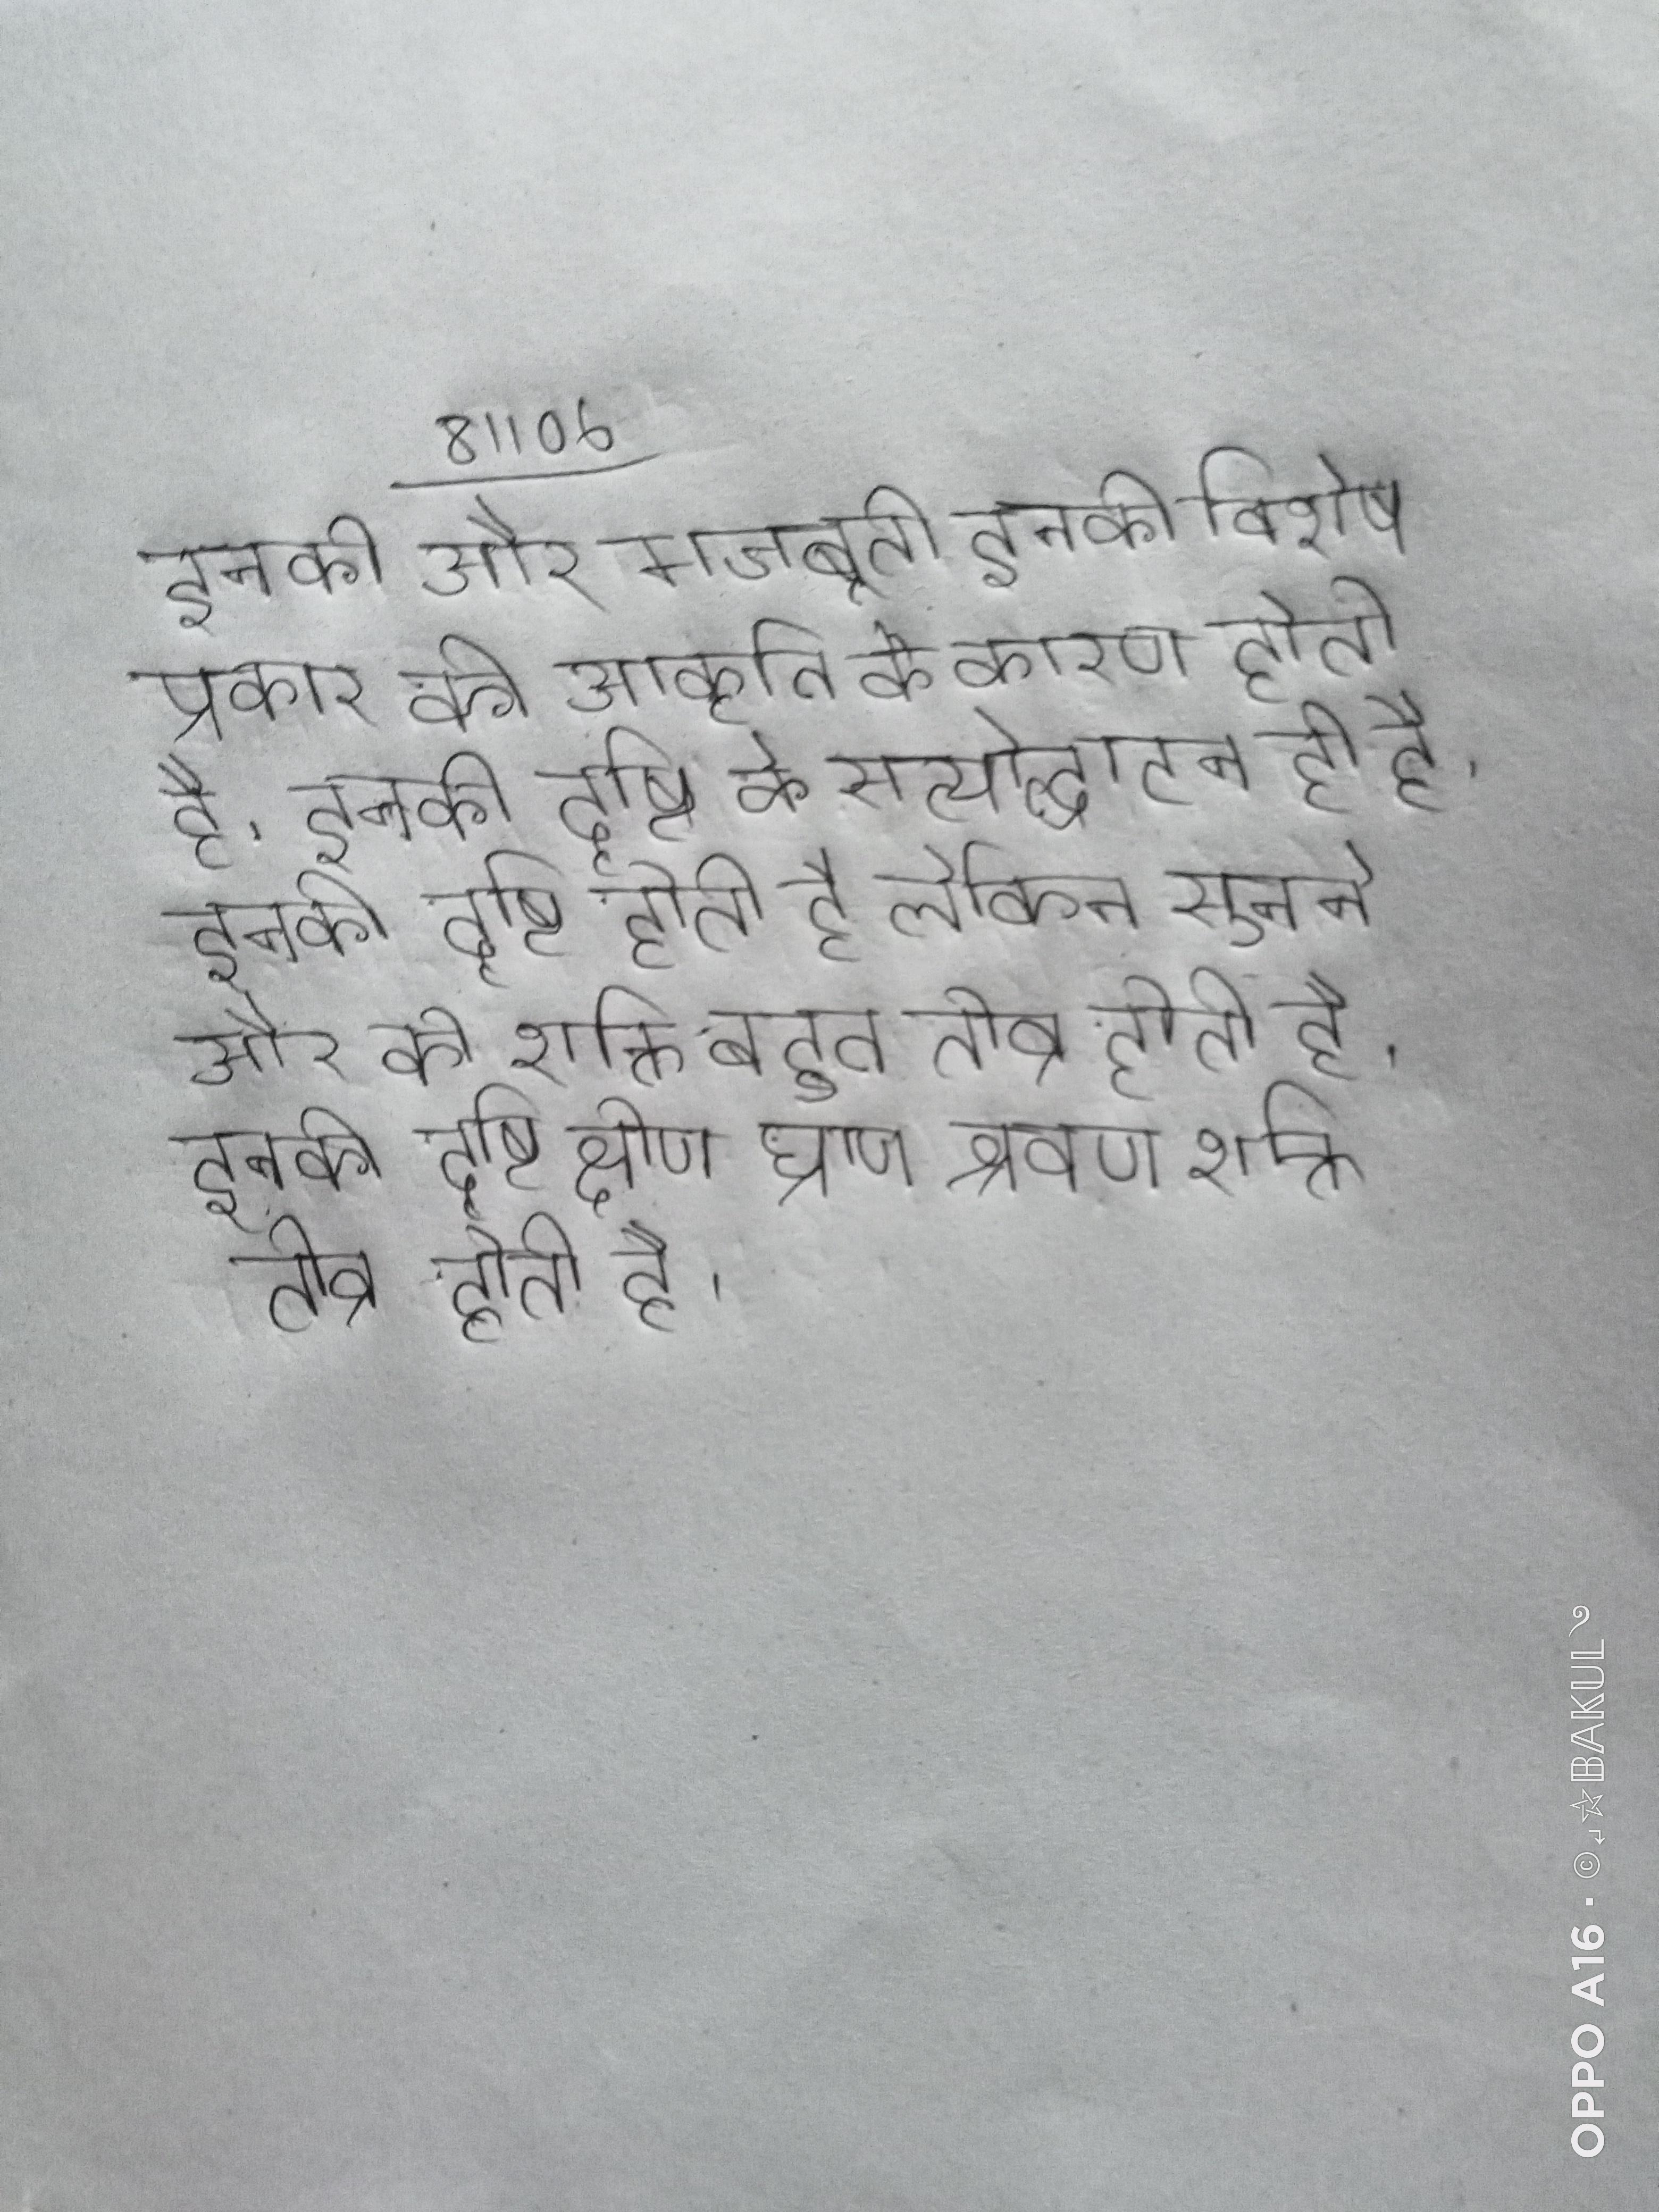
इनकी और मजबूती इनकी विशेष प्रकार की आकृति के कारण होती है । इनकी दृष्टि के सत्योद्घाटन ही है । इनकी दृष्टि होती है लेकिन सुनने और की शक्ति बहुत तीव्र होती है । इनकी दृष्टि क्षीण घ्राण श्रवण शक्ति तीव्र होती है ।